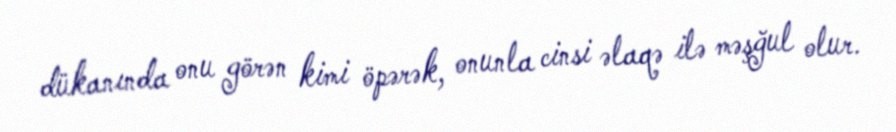
dükanında onu görən kimi öpərək, onunla cinsi əlaqə ilə məşğul olur.